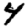
Digit: 4